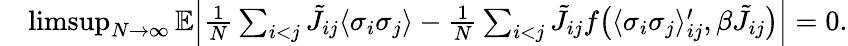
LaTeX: \begin{array}{rl}&{\operatorname*{limsup}_{N\to\infty}\mathbb E\Bigl|\frac{1}{N}\sum_{i<j}\tilde{J}_{ij}\langle\sigma_{i}\sigma_{j}\rangle-\frac{1}{N}\sum_{i<j}\tilde{J}_{ij}f\bigl(\langle\sigma_{i}\sigma_{j}\rangle_{ij}^{\prime},\beta\tilde{J}_{ij}\bigr)\Bigr|=0.}\end{array}